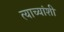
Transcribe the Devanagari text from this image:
त्याच्यांशी